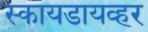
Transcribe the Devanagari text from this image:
स्कायडायव्हर